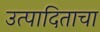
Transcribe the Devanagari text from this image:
उत्पादिताचा